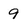
Character: 9